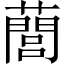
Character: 䕡